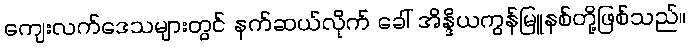
ကျေးလက်ဒေသများတွင် နက်ဆယ်လိုက် ခေါ် အိန္ဒိယကွန်မြူနစ်တို့ဖြစ်သည်။